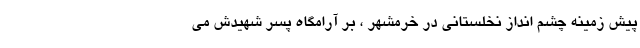
پیش زمینه چشم انداز نخلستانی در خرمشهر ، بر آرامگاه پسر شهیدش می